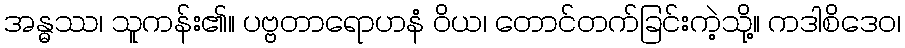
အန္ဓဿ၊ သူကန်း၏။ ပဗ္ဗတာရောဟနံ ဝိယ၊ တောင်တက်ခြင်းကဲ့သို့။ ကဒါစိဒေဝ၊